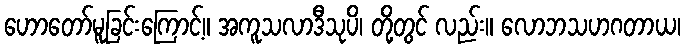
ဟောတော်မူခြင်းကြောင့်။ အကူသလာဒီသုပိ၊ တို့တွင် လည်း။ လောဘသဟဂတာယ၊